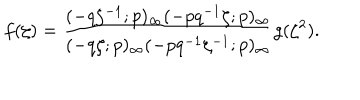
f ( \zeta ) = \frac { ( - q \zeta ^ { - 1 } ; p ) _ { \infty } ( - p q ^ { - 1 } \zeta ; p ) _ { \infty } } { ( - q \zeta ; p ) _ { \infty } ( - p q ^ { - 1 } \zeta ^ { - 1 } ; p ) _ { \infty } } g ( \zeta ^ { 2 } ) .